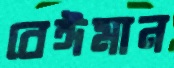
বেঈমান